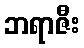
ဘရာဇီး